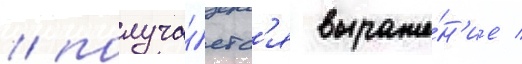
/ получа́етс'я выраже́н'ие /